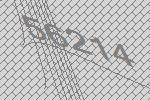
56214